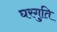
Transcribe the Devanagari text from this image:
घरगुति